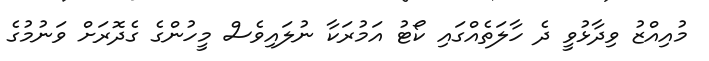
މުއިއްޒު ވިދާޅުވީ ދެ ހާލަތެއްގައި ކޯޓު އަމުރަކާ ނުލައިވެސް މީހުންގެ ގެދޮރަށް ވަނުމުގެ